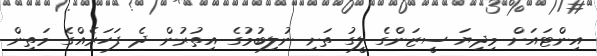
އިންޓައަށް މިދިޔަ ސީޒަންގެ ލީގު ތަށި ނުލިބުމުގެ އިތުރުން ދެ ފަހަރެއްގެ މަތިން